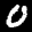
Label: 0